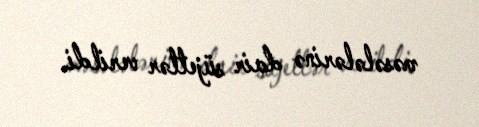
məsələlərinə dair süjetlər verildi.